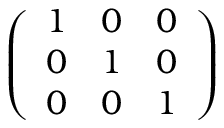
\left( \begin{array} { l l l } { 1 } & { 0 } & { 0 } \\ { 0 } & { 1 } & { 0 } \\ { 0 } & { 0 } & { 1 } \end{array} \right)